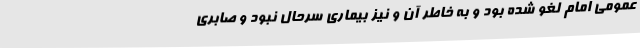
عمومی امام لغو شده بود و به خاطر آن و نیز بیماری سرحال نبود و صابری